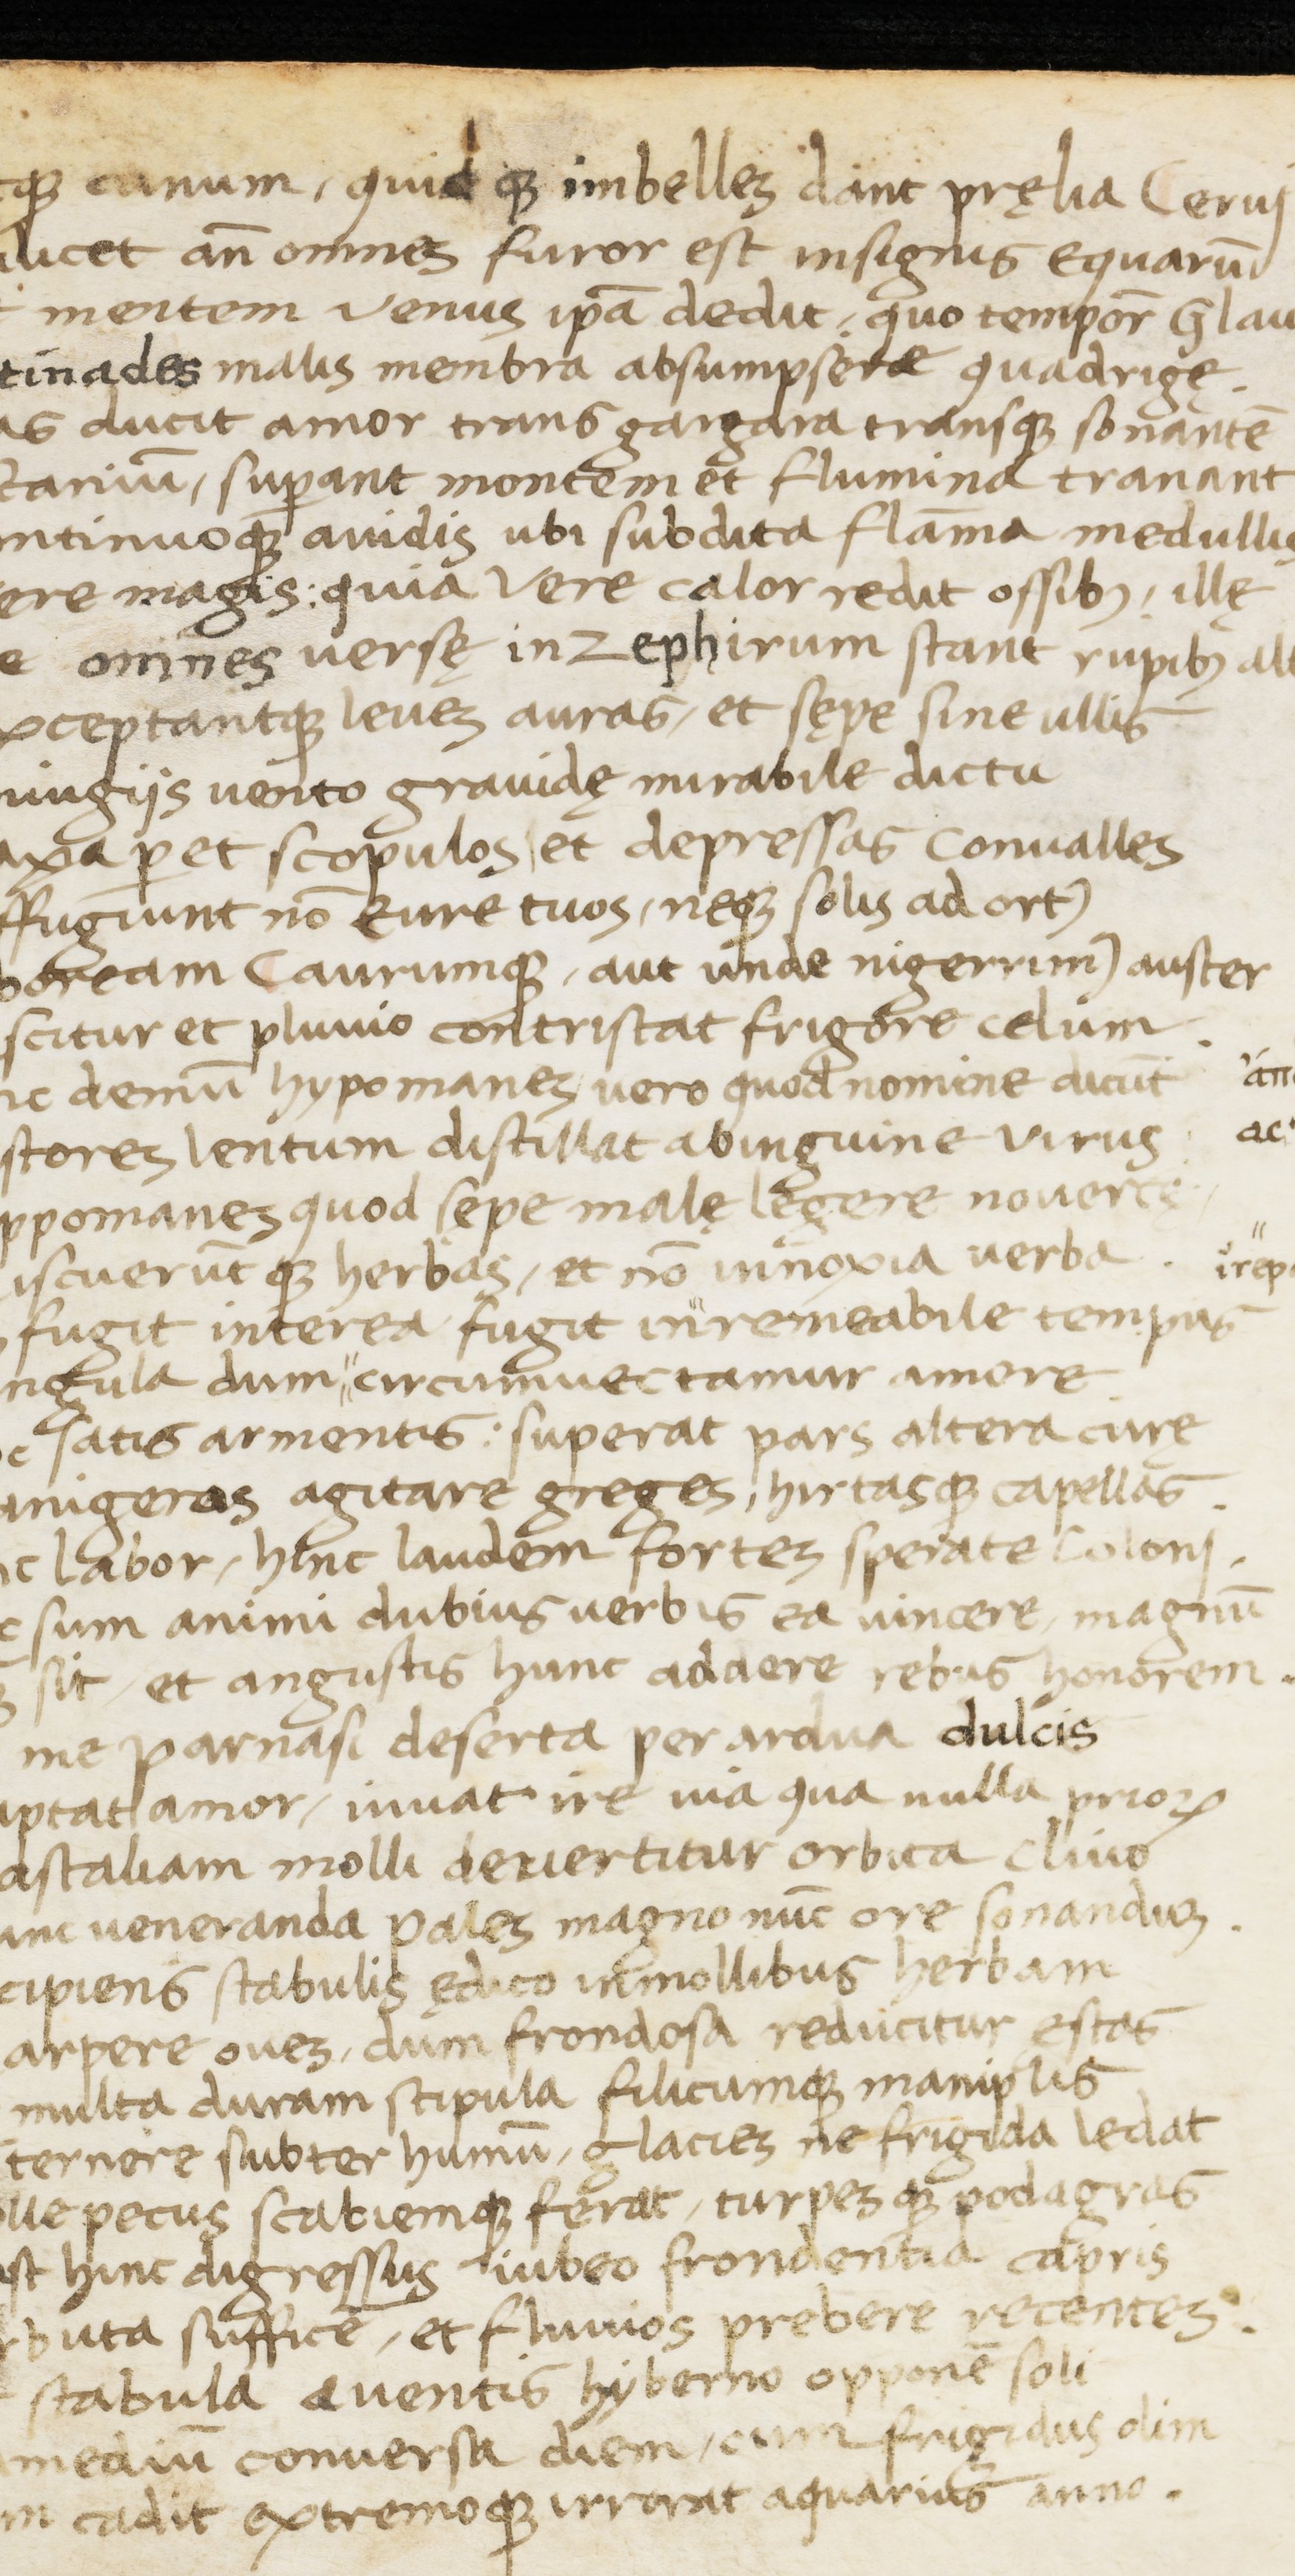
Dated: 1400–1499